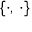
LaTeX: \ \{ \cdot , \, \cdot \}